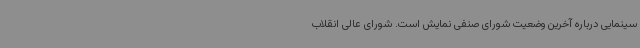
سینمایی درباره آخرین وضعیت شورای صنفی نمایش است. شورای عالی انقلاب